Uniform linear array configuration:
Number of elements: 16
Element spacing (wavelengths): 1
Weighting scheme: blackman
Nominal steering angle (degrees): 60
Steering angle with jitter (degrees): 60.193
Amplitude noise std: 0.05
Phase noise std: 0.05

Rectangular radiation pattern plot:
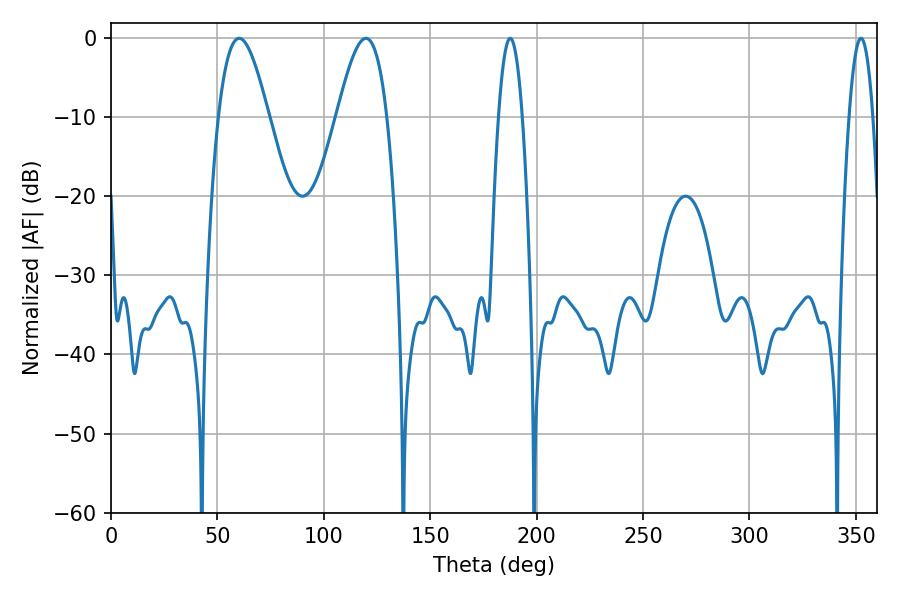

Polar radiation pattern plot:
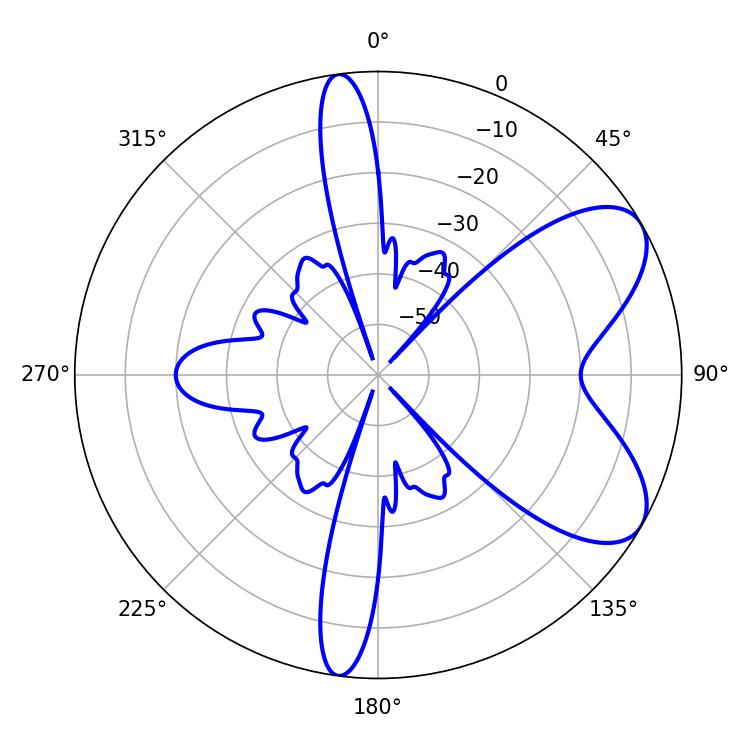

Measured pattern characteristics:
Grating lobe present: TRUE
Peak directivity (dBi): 7.037
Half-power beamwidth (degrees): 6.12
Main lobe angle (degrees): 187.56